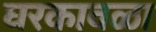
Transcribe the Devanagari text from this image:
घरकावळा